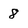
Character: 8